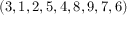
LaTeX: ( 3 , 1 , 2 , 5 , 4 , 8 , 9 , 7 , 6 )